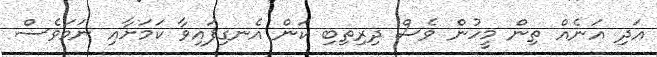
އަދި އަނެއް ތިން މީހުން ވެސް ދިރިތިބި ކަން އެނގިފައިވާ ކަމަށާއި ނަމަވެސް